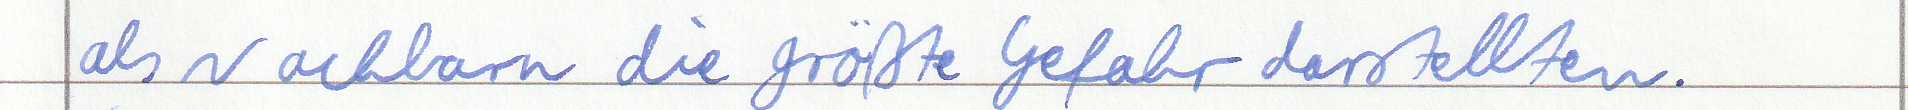
als Nachbarn die größte Gefahr darstellten.